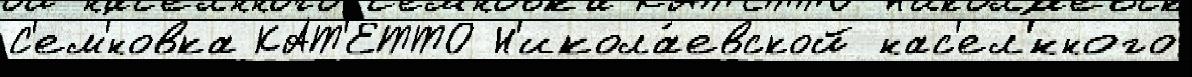
С'ем'́новка КАТ'ЕТТО Н'икола́евской нас'ел'́нного